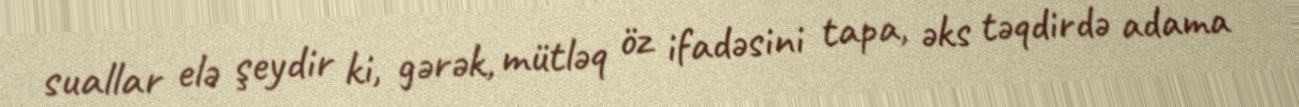
suallar elə şeydir ki, gərək, mütləq öz ifadəsini tapa, əks təqdirdə adama